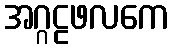
အဂ္ဂဠဖလကေ